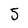
Character: 5